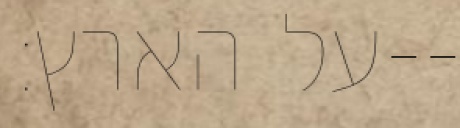
על הארץ׃--